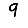
Digit: 9